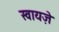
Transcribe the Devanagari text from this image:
स्वायज़े